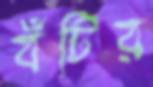
বঁটির